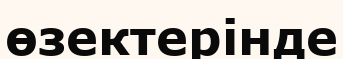
өзектерінде